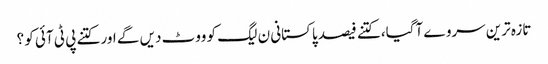
تازہ ترین سروے آگیا، کتنے فیصد پاکستانی ن لیگ کو ووٹ دیں گے اور کتنے پی ٹی آئی کو ؟